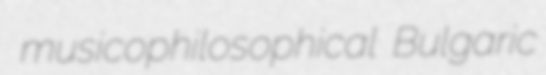
musicophilosophical Bulgaric